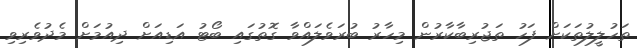
ތަހުލީލުތަކަށް ފަހު ތަޖުރިބާކާރުން މިހާރު ބުރަވެލައްވާ ގޮތުގައި ބޯޓު އަޑިއަށް ދިއުމަށް މެދުވެރިވި